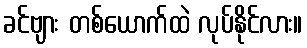
ခင်ဗျား တစ်ယောက်ထဲ လုပ်နိုင်လား။